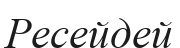
Ресейдей